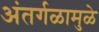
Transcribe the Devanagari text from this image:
अंतर्गळामुळे